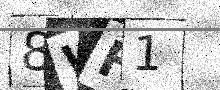
Text: 8WH1